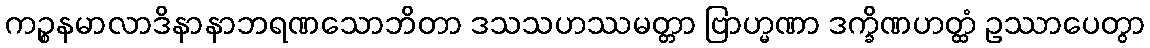
ကဉ္စနမာလာဒိနာနာဘရဏသောဘိတာ ဒသသဟဿမတ္တာ ဗြာဟ္မဏာ ဒက္ခိဏဟတ္ထံ ဥဿာပေတွာ